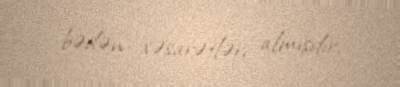
bədən xəsarətləri almışdır.